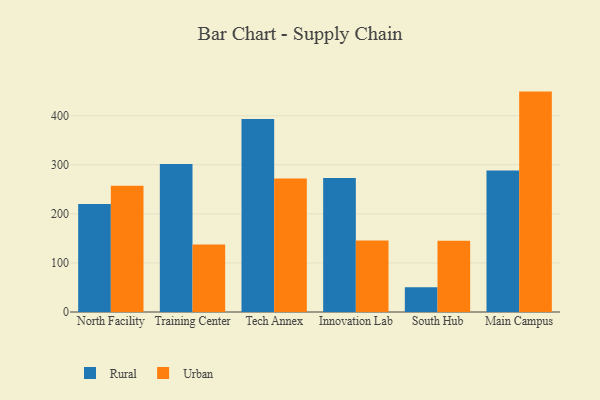
{"axis": {"x": "Campus", "y": "Headcount"}, "legend": ["Rural", "Urban"], "data": [{"x": "North Facility", "y": 220.0, "type": "Rural"}, {"x": "North Facility", "y": 257.3, "type": "Urban"}, {"x": "Training Center", "y": 301.7, "type": "Rural"}, {"x": "Training Center", "y": 137.4, "type": "Urban"}, {"x": "Tech Annex", "y": 393.6, "type": "Rural"}, {"x": "Tech Annex", "y": 272.4, "type": "Urban"}, {"x": "Innovation Lab", "y": 273.2, "type": "Rural"}, {"x": "Innovation Lab", "y": 145.9, "type": "Urban"}, {"x": "South Hub", "y": 50.6, "type": "Rural"}, {"x": "South Hub", "y": 145.5, "type": "Urban"}, {"x": "Main Campus", "y": 288.5, "type": "Rural"}, {"x": "Main Campus", "y": 449.3, "type": "Urban"}]}